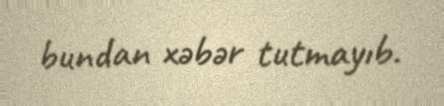
bundan xəbər tutmayıb.